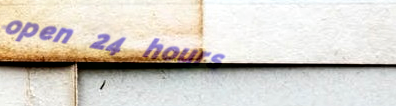
open 24 hours